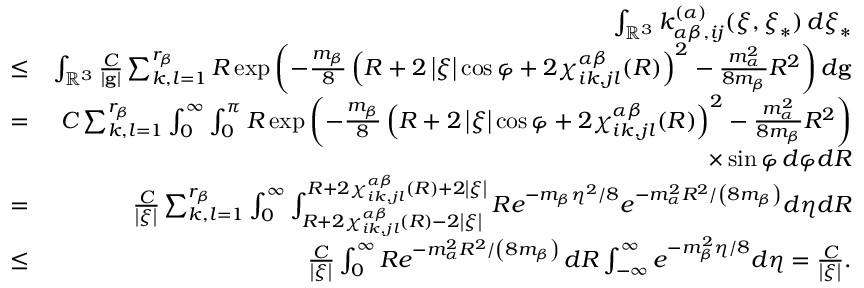
\begin{array} { r l r } & { } & { \int _ { \mathbb { R } ^ { 3 } } k _ { \alpha \beta , i j } ^ { \left( \alpha \right) } ( \boldsymbol { \xi } , \boldsymbol { \xi } _ { \ast } ) \, d \boldsymbol { \xi } _ { \ast } } \\ & { \leq } & { \int _ { \mathbb { R } ^ { 3 } } \frac { C } { \left\vert \mathbf { g } \right\vert } \sum _ { k , l = 1 } ^ { r _ { \beta } } R \exp \left( - \frac { m _ { \beta } } { 8 } \left( R + 2 \left\vert \boldsymbol { \xi } \right\vert \cos \varphi + 2 \chi _ { i k , j l } ^ { \alpha \beta } ( R ) \right) ^ { 2 } - \frac { m _ { \alpha } ^ { 2 } } { 8 m _ { \beta } } R ^ { 2 } \right) d \mathbf { g } } \\ & { = } & { C \sum _ { k , l = 1 } ^ { r _ { \beta } } \int _ { 0 } ^ { \infty } \int _ { 0 } ^ { \pi } R \exp \left( - \frac { m _ { \beta } } { 8 } \left( R + 2 \left\vert \boldsymbol { \xi } \right\vert \cos \varphi + 2 \chi _ { i k , j l } ^ { \alpha \beta } ( R ) \right) ^ { 2 } - \frac { m _ { \alpha } ^ { 2 } } { 8 m _ { \beta } } R ^ { 2 } \right) } \\ & { } & { \times \sin \varphi \, d \varphi d R } \\ & { = } & { \frac { C } { \left\vert \boldsymbol { \xi } \right\vert } \sum _ { k , l = 1 } ^ { r _ { \beta } } \int _ { 0 } ^ { \infty } \int _ { R + 2 \chi _ { i k , j l } ^ { \alpha \beta } ( R ) - 2 \left\vert \boldsymbol { \xi } \right\vert } ^ { R + 2 \chi _ { i k , j l } ^ { \alpha \beta } ( R ) + 2 \left\vert \boldsymbol { \xi } \right\vert } R e ^ { - m _ { \beta } \eta ^ { 2 } / 8 } e ^ { - m _ { \alpha } ^ { 2 } R ^ { 2 } / \left( 8 m _ { \beta } \right) } d \eta d R } \\ & { \leq } & { \frac { C } { \left\vert \boldsymbol { \xi } \right\vert } \int _ { 0 } ^ { \infty } R e ^ { - m _ { \alpha } ^ { 2 } R ^ { 2 } / \left( 8 m _ { \beta } \right) } \, d R \int _ { - \infty } ^ { \infty } e ^ { - m _ { \beta } ^ { 2 } \eta / 8 } d \eta = \frac { C } { \left\vert \boldsymbol { \xi } \right\vert } \mathrm { . } } \end{array}